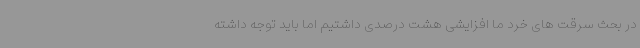
در بحث سرقت های خرد ما افزایشی هشت درصدی داشتیم اما باید توجه داشته